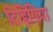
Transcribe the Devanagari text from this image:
दिहिगिया